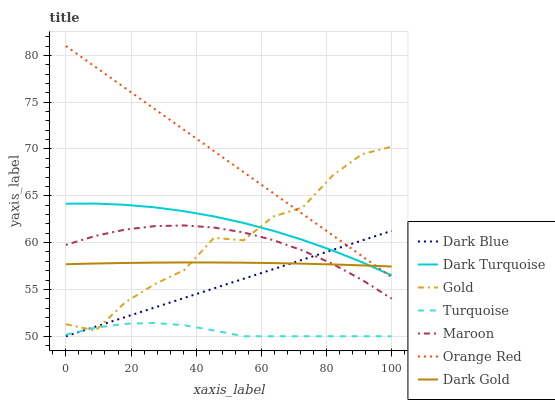
| xaxis_label | Dark Blue | Dark Turquoise | Gold | Turquoise | Maroon | Orange Red | Dark Gold |
 | --- | --- | --- | --- | --- | --- | --- | --- |
 | 0 | 50 | 64.2 | 51.3 | 50.2 | 59.8 | 81 | 57.7 |
 | 9.09 | 51 | 64.2 | 50.6 | 50.9 | 60.7 | 78.8 | 57.8 |
 | 18.2 | 52 | 64 | 53.6 | 51.3 | 61.4 | 76.5 | 57.8 |
 | 27.3 | 53.1 | 63.8 | 55.6 | 51.4 | 61.8 | 74.3 | 57.9 |
 | 36.4 | 54.1 | 63.4 | 57.1 | 51.2 | 61.8 | 72 | 57.9 |
 | 45.5 | 55.1 | 62.8 | 60.5 | 50.6 | 61.6 | 69.8 | 57.9 |
 | 54.5 | 56.1 | 62.1 | 60.2 | 50 | 61.1 | 67.5 | 57.9 |
 | 63.6 | 57.2 | 61.3 | 62.8 | 50 | 60.3 | 65.3 | 57.8 |
 | 72.7 | 58.2 | 60.3 | 63.8 | 50 | 59.2 | 63 | 57.8 |
 | 81.8 | 59.2 | 59.2 | 67.1 | 50 | 57.7 | 60.8 | 57.7 |
 | 90.9 | 60.2 | 57.9 | 69.5 | 50 | 56 | 58.6 | 57.6 |
 | 100 | 61.3 | 56.5 | 70.2 | 50 | 54 | 56.3 | 57.4 |